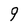
Character: 9